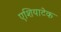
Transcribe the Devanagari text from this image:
एशियाटेक